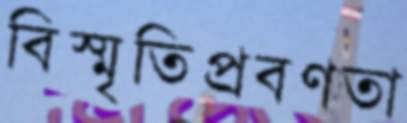
বিস্মৃতিপ্রবণতা